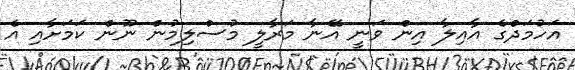
އަހުމަދްގެ އާއިލާ އިން ވަނީ އޭނާ މަރާލީ މުސްލިމުން ނޫން ކަމަށާއި އެ